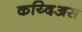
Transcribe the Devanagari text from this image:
कय्दिअस